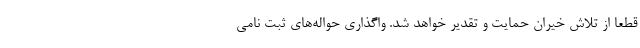
قطعا از تلاش خیران حمایت و تقدیر خواهد شد. واگذاری حواله‌های ثبت نامی